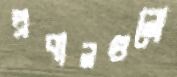
প্রবালগুলো